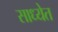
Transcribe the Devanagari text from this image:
साध्येत